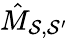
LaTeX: \hat{M}_{\mathcal{S},\mathcal{S}^{\prime}}